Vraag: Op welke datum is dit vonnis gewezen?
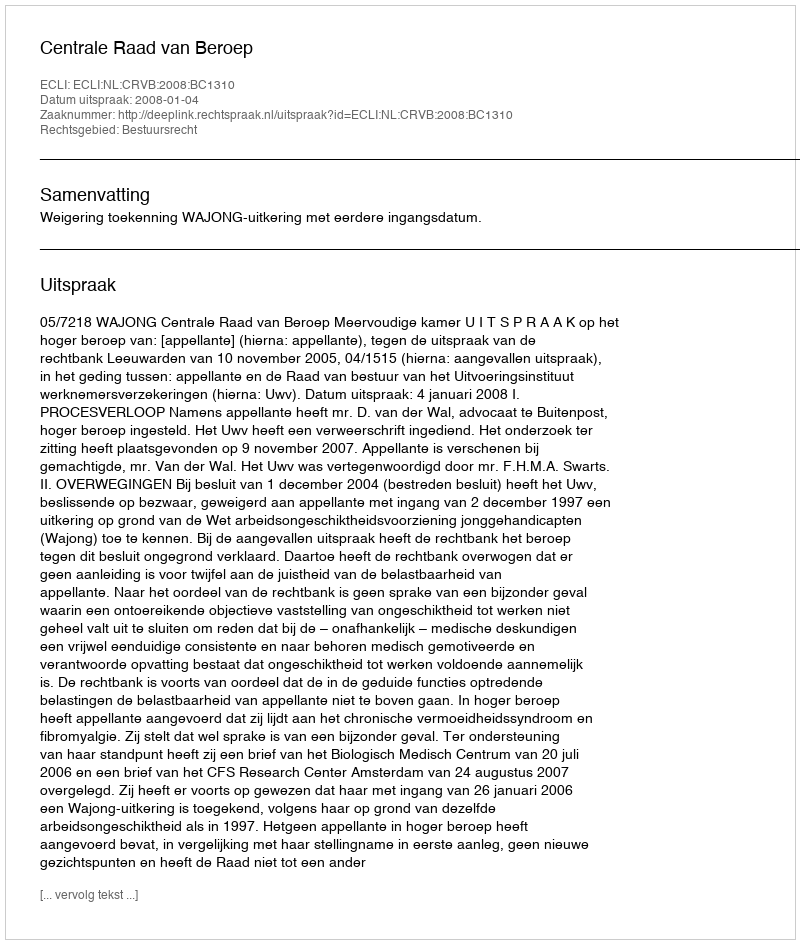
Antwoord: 2008-01-04